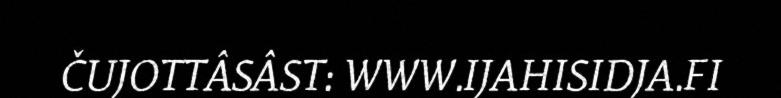
ČUJOTTÂSÂST: WWW.IJAHISIDJA.FI